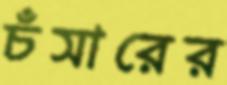
চঁসারের